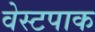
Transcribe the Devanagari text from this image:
वेस्टपाक